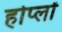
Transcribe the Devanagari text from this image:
होप्लों